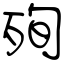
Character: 殉